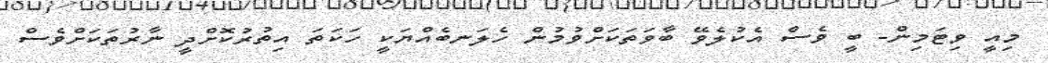
މިއީ ވިޓަމިން- ބީ ވެސް އެކުލެވޭ ބާވަތަކަށްވުމުން ހެލަނބެއްޔަކީ ހަކަތަ އިތުރުކޮށްދީ ނާރުތަކަށްވެސް